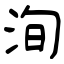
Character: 洵